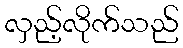
လှည့်လိုက်သည်